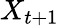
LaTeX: X_{t+1}